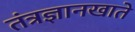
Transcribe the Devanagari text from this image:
तंत्रज्ञानखाते